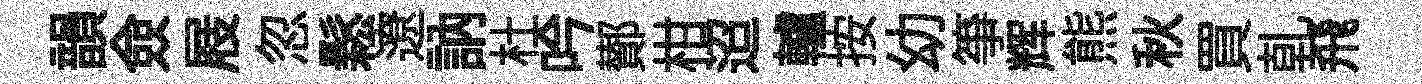
韻僉屐忽鬆遼訥杜吟鄼柑迢轤按幼筝辉熊秋買乹飛